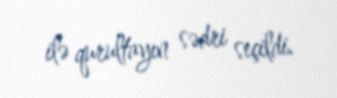
ilə qurultayın sədri seçildi.